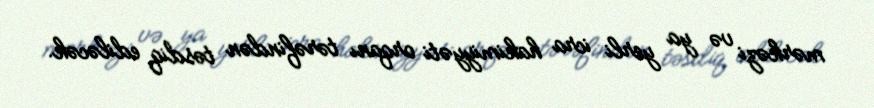
mərkəzi və ya yerli icra hakimiyyəti orqanı tərəfindən təsdiq ediləcək.